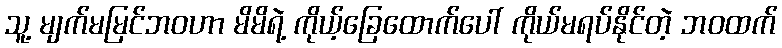
သူ့ မျက်မမြင်ဘဝဟာ မိမိရဲ့ ကိုယ့်ခြေထောက်ပေါ် ကိုယ်မရပ်နိုင်တဲ့ ဘဝထက်